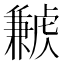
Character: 𧈁